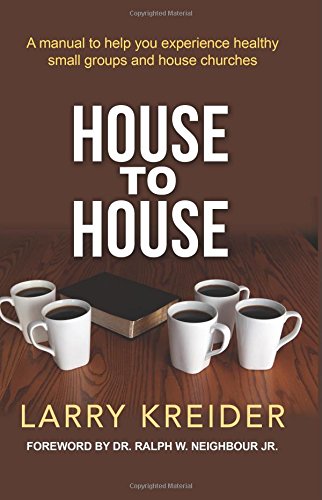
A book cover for House To House: A manual to help you experience healthy small groups and house churches; Larry Kreider; Religion & Spirituality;